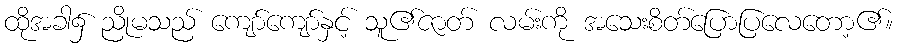
ထိုအခါ၌ ညိုမသည် ကျော်ကျော်နှင့် သူ၏ဇာတ် လမ်းကို အသေးစိတ်ပြောပြလေတော့၏။